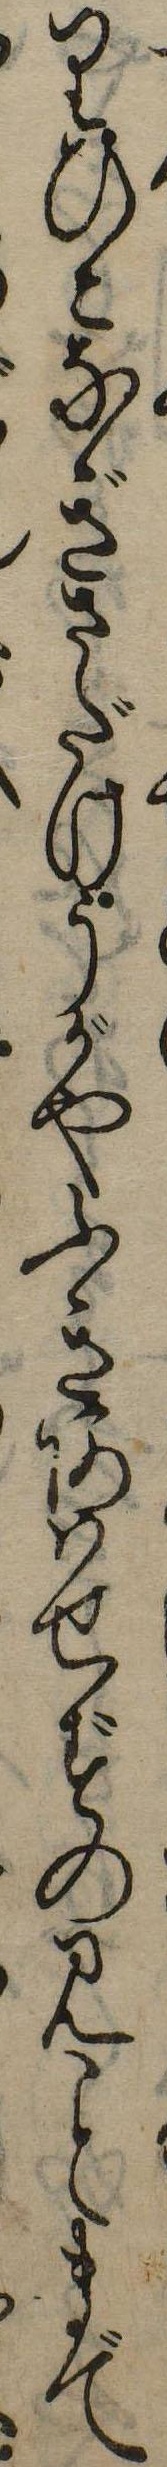
りひこなぎさだけうがやふきあはせずのみまで